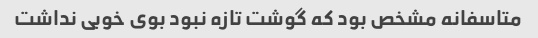
متاسفانه مشخص بود که گوشت تازه نبود بوی خوبی نداشت